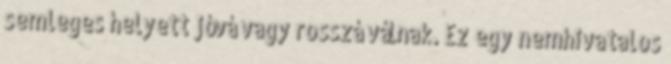
semleges helyett jóvá vagy rosszá válnak. Ez egy nemhivatalos